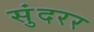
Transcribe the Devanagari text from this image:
सुंदरर